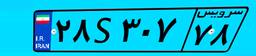
۹۰S۳۹۸۲۱